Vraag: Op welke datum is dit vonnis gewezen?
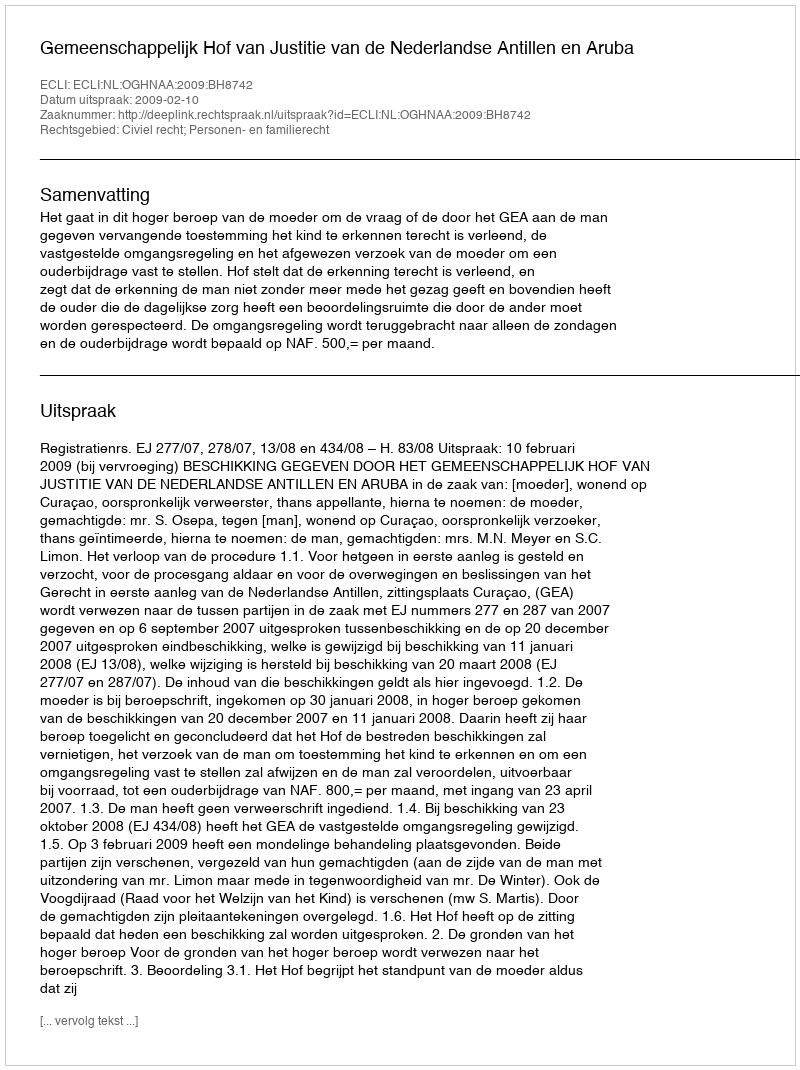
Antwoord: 2009-02-10